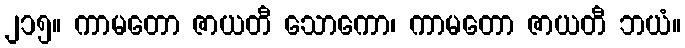
၂၁၅။ ကာမတော ဇာယတီ သောကော၊ ကာမတော ဇာယတီ ဘယံ။